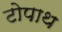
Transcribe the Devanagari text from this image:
टोपाथ